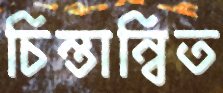
চিন্তান্বিত